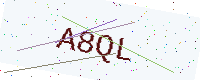
Text: A8QL